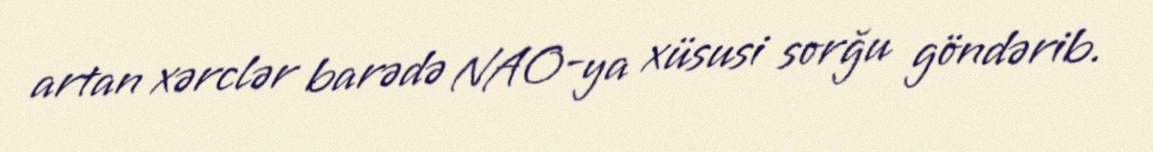
artan xərclər barədə NAO-ya xüsusi sorğu göndərib.